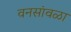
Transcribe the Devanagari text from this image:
वनसांवळा